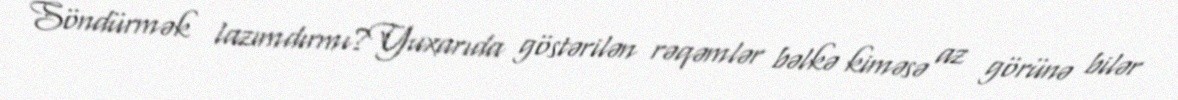
Söndürmək lazımdırmı?Yuxarıda göstərilən rəqəmlər bəlkə kiməsə az görünə bilər